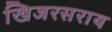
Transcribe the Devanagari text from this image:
खिजरसराय